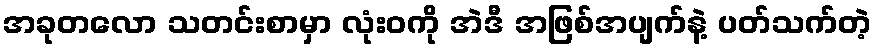
အခုတလော သတင်းစာမှာ လုံးဝကို အဲဒီ အဖြစ်အပျက်နဲ့ ပတ်သက်တဲ့